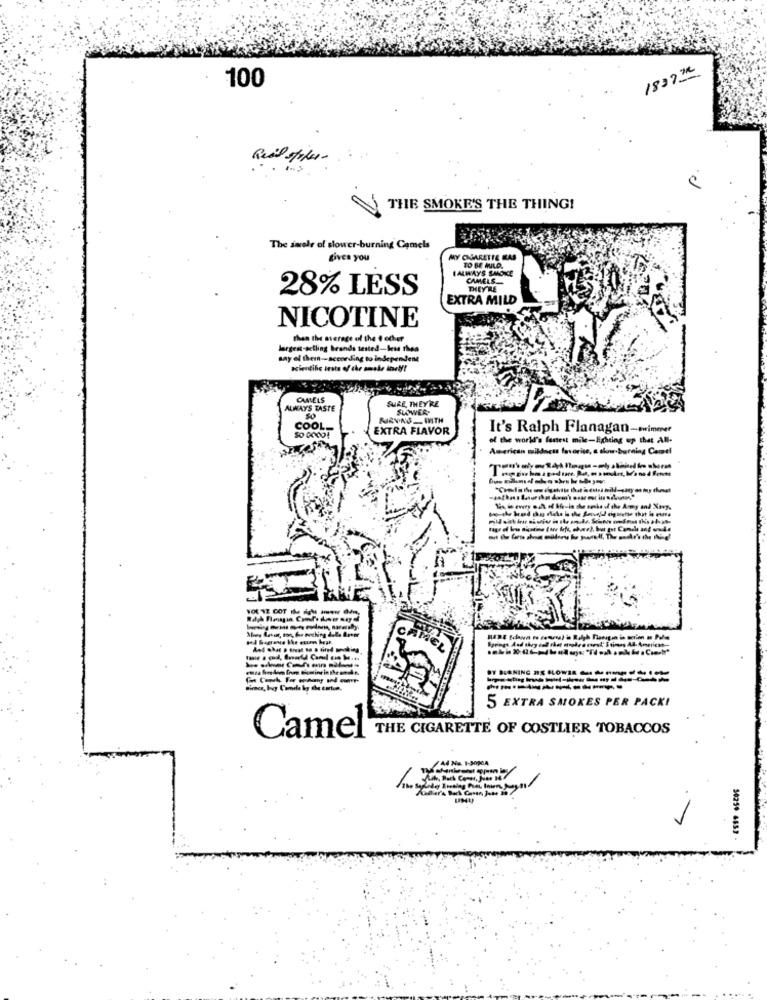
1827 72
100
THE SMOKE'S THE THING!
The swelr of slower-burning Camels
gives you
MY CIGARETTE KAS
IALWAYS SMOKE
TO BE WILD.
CAMELS
28% LESS
THEY'RE
EXTRA MILD
NICOTINE
than the average of the t ocher
largest-selling brands tested-less than
say of thein-according to independent
scientific insta of the amske inel !!
CAMELS
SURE, THEY'RE
ALWAYS TASTE
SLOWER-
RUIRVING_ WITH
SO GOOD!
COOL
EXTRA FLAVOR
It's Ralph Flanagan-swimmer
of the world's fastest mile-Eighting up that AN-
American mildocts favorise, a slow-burning Camel
Tia do every o.dh of life-in the amke of the Army and Navy.
EL
5 EXTRA SMOKES PER PACKI
Camel'
THE CIGARETTE OF COSTLIER TOBACCOS
50259 4653